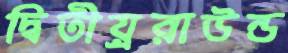
দ্বিতীয়্ররাউন্ড